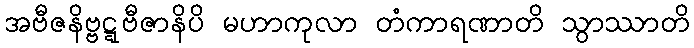
အဗီဇနိဗ္ဗဋ္ဋဗီဇာနိပိ မဟာကုလာ တံကာရဏာတိ သွာဿာတိ